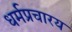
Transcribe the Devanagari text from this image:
धर्मप्रचारय